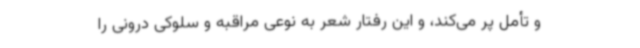
و تأمل پر می‌کند، و این رفتار شعر به نوعی مراقبه و سلوکی درونی را